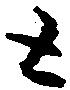
と